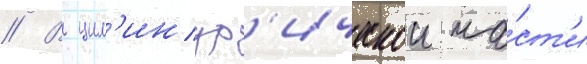
// В цил'индр'ическои ча́ст'и